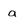
Character: a